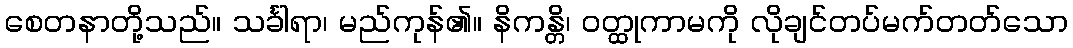
စေတနာတို့သည်။ သင်္ခါရာ၊ မည်ကုန်၏။ နိကန္တိ၊ ဝတ္ထုကာမကို လိုချင်တပ်မက်တတ်သော